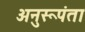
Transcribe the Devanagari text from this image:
अनुरूपंता